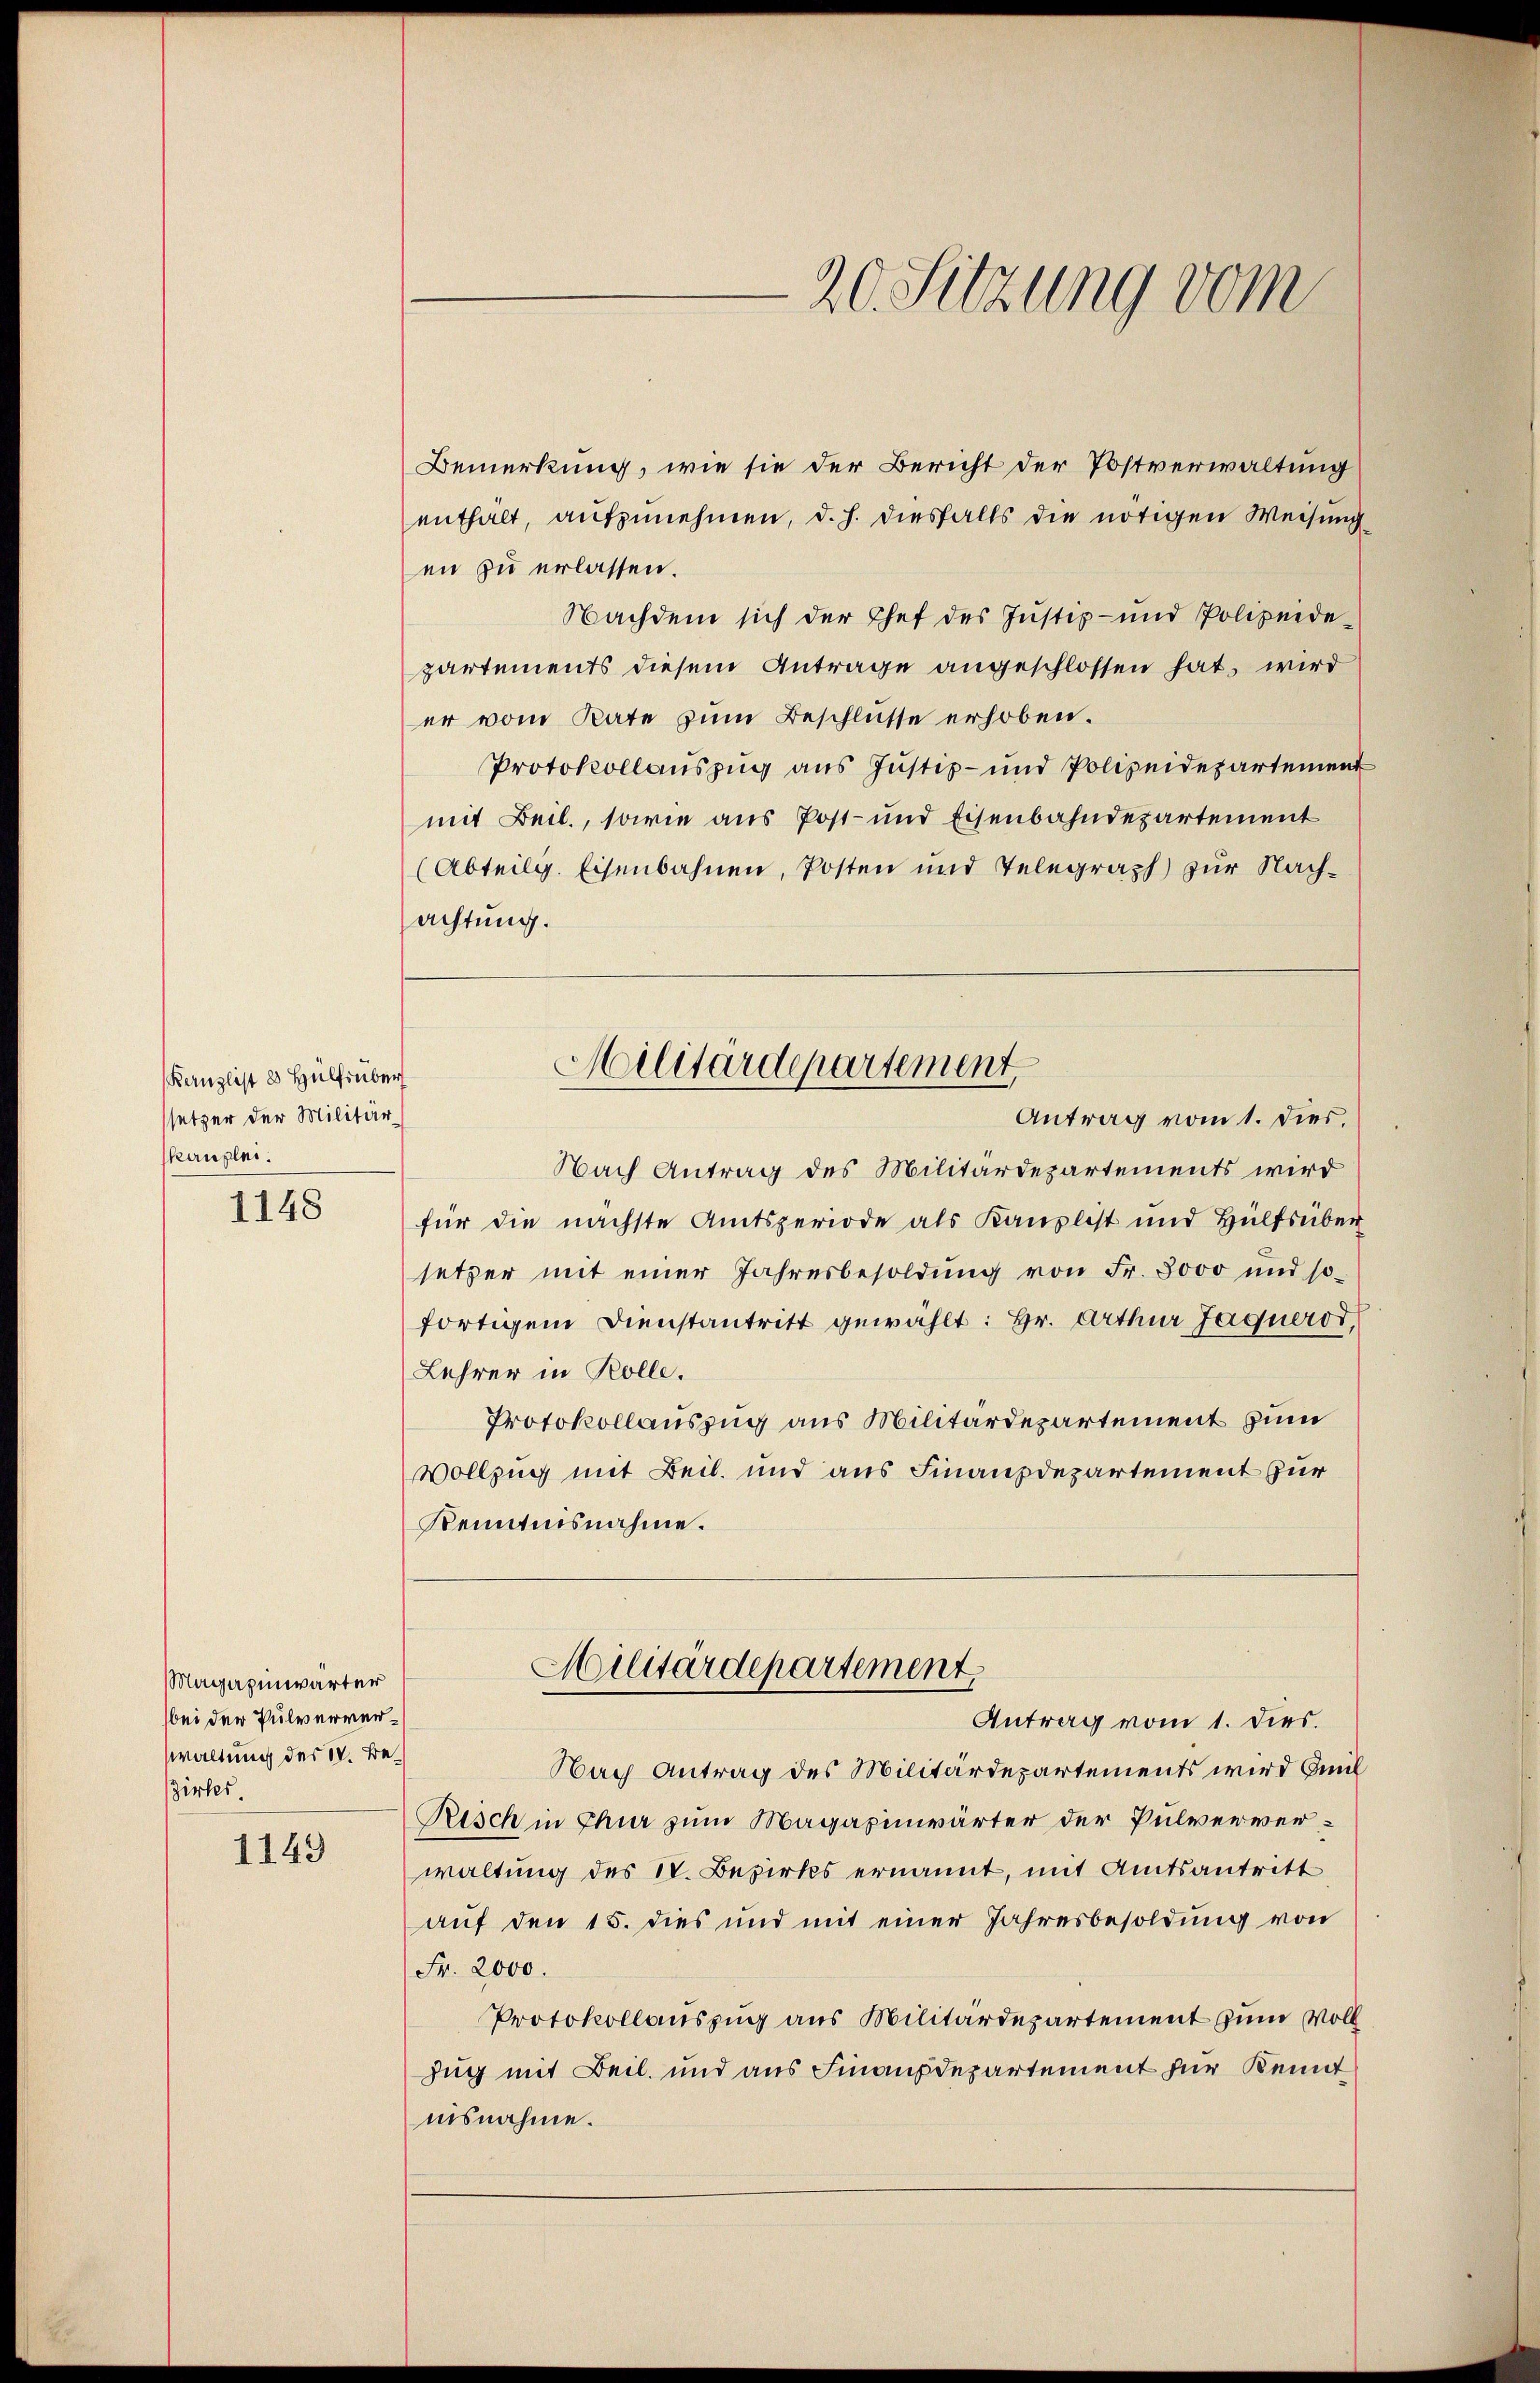
Kanzlist 2 Hülfsüber
setzer der Militärskanzlei.

1148

Bemerkung, wie sie der Bericht der Postverwaltung
enthalt, aufzunehmen, d. h. diesfalls die nötigen Weisung
en zu erlassen.
Nachdem sich der Chef des Justiz- und Polizeide
partements diesem Antrage angeschlossen hat, wird
er vom Rate zum Beschlüsse erhoben.
Protokollauszug aus Justiz- und Polizeidepartement
mit Beil., sowie aus Post- und Eisenbahndepartement
(Abteilg. Eisenbahnen, Posten und Telegraph zur Nachachtung.
Nach Antrag des Militärdepartements wird
für die nächste Amtsperiode als Kanzlist und Hülfsüber
setzer mit einer Jahresbesoldŭng von Fr. 3000 und so-
fortigem Dienstantritt gewählt: Hr. Arthur Jagneros,
Lehrer in Rolle.
Protokollauszug aus Militärdepartement zum
Vollzug mit Beil. und aus Finanzdepartement zur
Kenntnisnahme.
Militärdepartement
Antrag vom 1. dies.
Nach Antrag des Militärdepartements wird al
Risch in Chur zum Magazinwärter der Pulververwaltung des IV. Bezirks ernannt, mit Amtsantritt
auf den 15. dies und mit einer Jahresbesoldung von
Fr. 2000.
Protokollauszug aus Militärdepartement zum Voll
Zug mit Beil. und aus Finanzdepartement für Kennt
nisnahme.

Magazinwärter
bei der Pulververwaltung des V. Bezirkes

1149

20. Sitzung vom

Militärdepartement
Antrag vom 1. Dies.